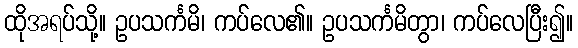
ထိုအရပ်သို့။ ဥပသင်္ကမိ၊ ကပ်လေ၏။ ဥပသင်္ကမိတွာ၊ ကပ်လေပြီး၍။